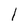
Character: l